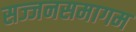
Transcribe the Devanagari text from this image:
सज्जनसमागम